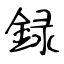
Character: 録